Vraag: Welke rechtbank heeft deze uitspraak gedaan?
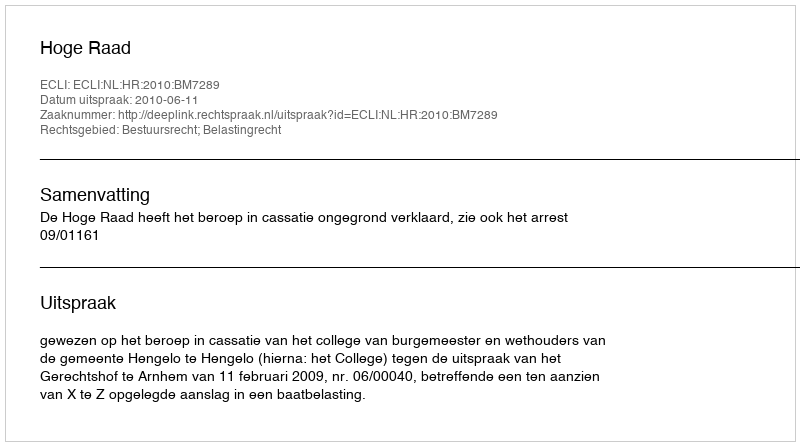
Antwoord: Hoge Raad